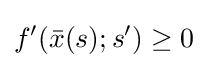
f'({\bar {x}}(s);s')\geq 0